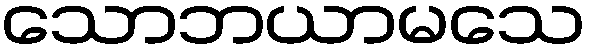
သောဘယာမသေ